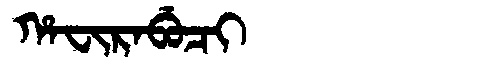
Manchu: ᡥᠠᠸᡳᡵᠠᠪᡠᠴᡳ
Romanization: HAFIRABUCI